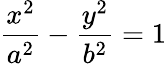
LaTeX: {\frac{x^{2}}{a^{2}}}-{\frac{y^{2}}{b^{2}}}=1